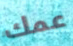
عمك